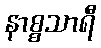
နာစ္စသာရီ